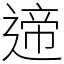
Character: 遆